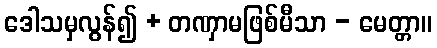
ဒေါသမှလွန်၍ + တဏှာမဖြစ်မီသာ - မေတ္တာ။